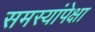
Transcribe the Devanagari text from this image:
समस्यांपेक्षा